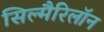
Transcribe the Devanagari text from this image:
सिल्मैरिलॉन